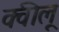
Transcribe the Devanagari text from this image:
क्वीलू